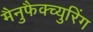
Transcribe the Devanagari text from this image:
मैनुफैक्च्युरिंग